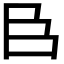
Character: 𮍌